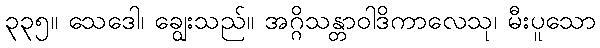
၃၃၅။ သေဒေါ၊ ချွေးသည်။ အဂ္ဂိသန္တာဝါဒိကာလေသု၊ မီးပူသော